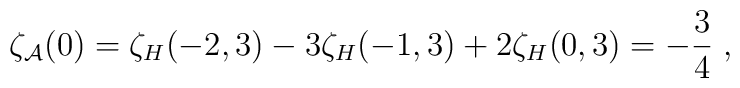
\zeta_{\cal A}(0)=\zeta_{H}(-2,3)-3\zeta_{H}(-1,3)+2 \zeta_{H}(0,3)=-{3\over 4} \; ,